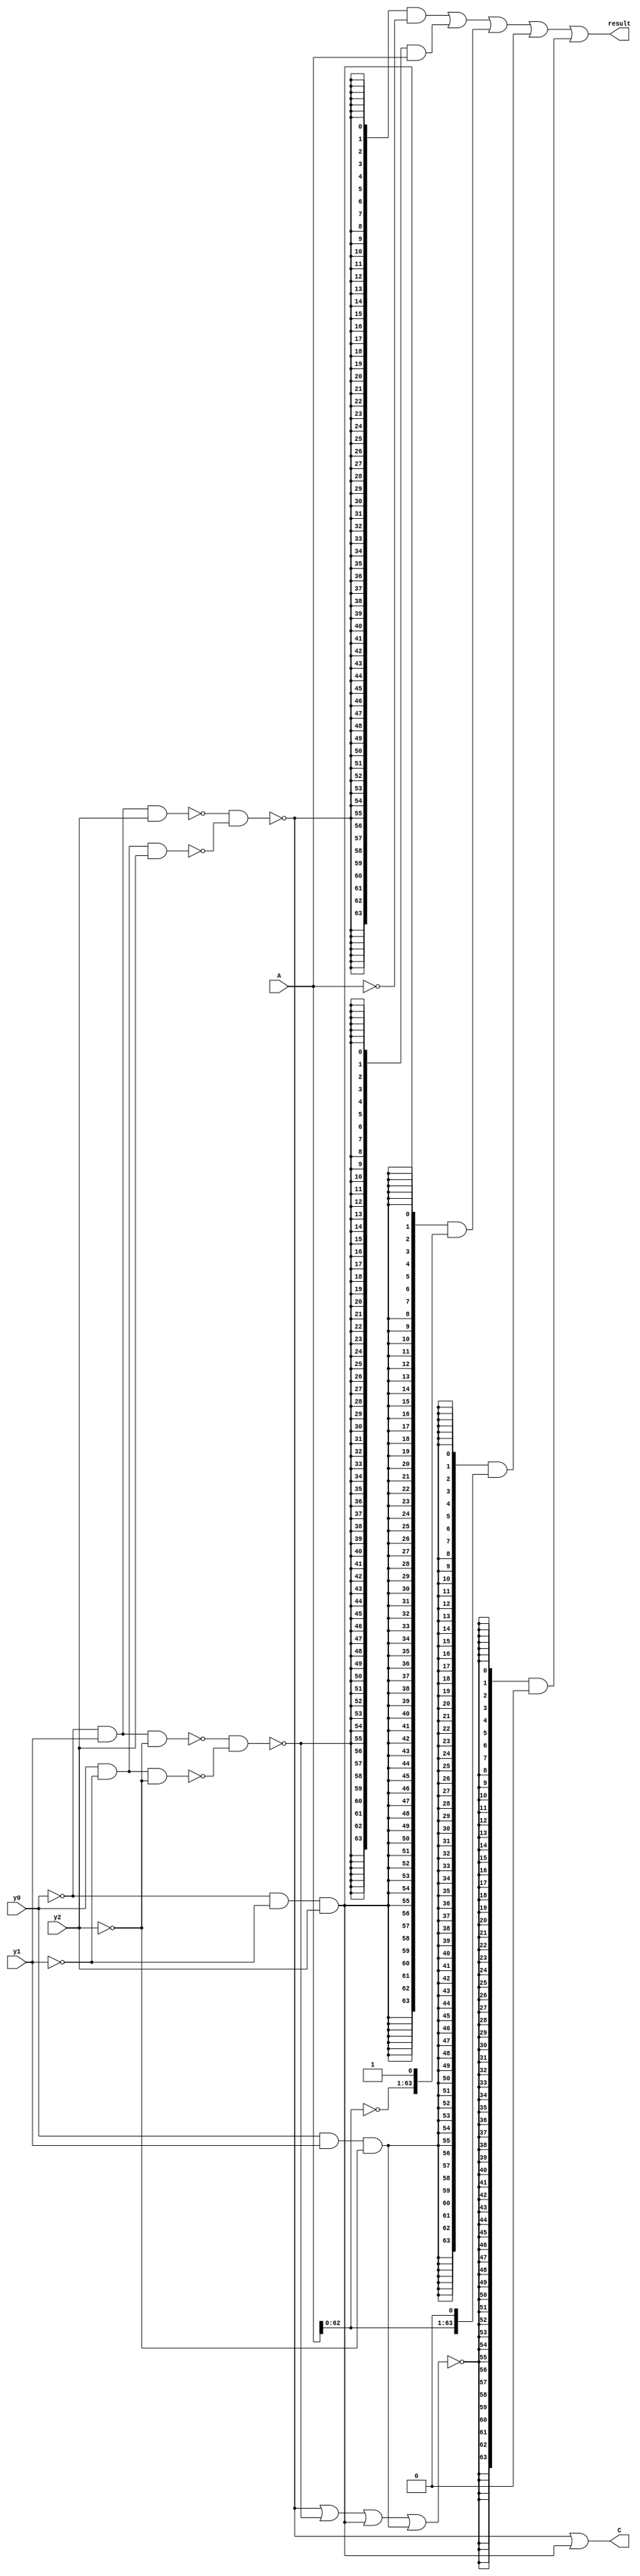
module boothpart(     
    input [63:0] A,
    input y0,
    input y1,
    input y2,
    output [63:0] result,
    output C
    ); 

    //wire [32:0] booth_choose;

    ///////
    wire s_neg1;
    wire s_pos1;
    wire s_neg2;
    wire s_pos2;
    wire s_zero;

    assign s_neg1 = !((!(!y0 & y1 & y2))&(!(y0 & !y1 & y2)));
    assign s_pos1 = !((!(!y0 & y1 & !y2))&(!(y0 & !y1 & !y2)));
    assign s_neg2 = !(!(!y0 & !y1 & y2));
    assign s_pos2 = !(!(y0 & y1 & !y2));
    assign s_zero = !(s_neg1 | s_pos1 | s_neg2 | s_pos2);

    assign result =({64{s_neg1}} & ~A) |
                            ({64{s_pos1}} & A) |
                            ({64{s_neg2}} & {~A, 1'b1}) |  //////////////????????????????
                            ({64{s_pos2}} & {A, 1'b0}) |   /////////////?????????????
                            ({64{s_zero}} & 64'b0);

    assign C = s_neg1 || s_neg2;



    


                    
endmodule